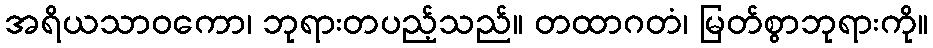
အရိယသာဝကော၊ ဘုရားတပည့်သည်။ တထာဂတံ၊ မြတ်စွာဘုရားကို။